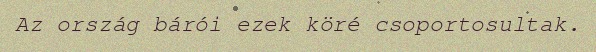
Az ország bárói ezek köré csoportosultak.